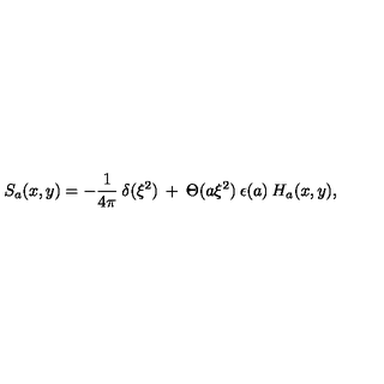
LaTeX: S _ { a } ( x , y ) = - \frac { 1 } { 4 \pi } \: \delta ( \xi ^ { 2 } ) \: + \: \Theta ( a \xi ^ { 2 } ) \: \epsilon ( a ) \: H _ { a } ( x , y ) ,